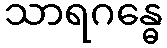
သာရဂန္ဓေ